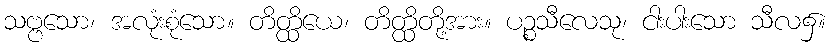
သဗ္ဗသော၊ အလုံးစုံသော။ တိတ္ထိယေ၊ တိတ္ထိတို့အား။ ပဉ္စသီလေသု၊ ငါးပါးသော သီလ၌။